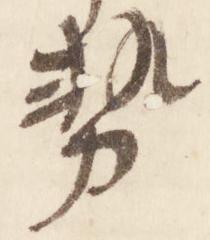
勢